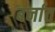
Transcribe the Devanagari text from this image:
बर्नात